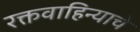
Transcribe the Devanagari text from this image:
रक्तवाहिन्याचे